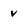
Character: v